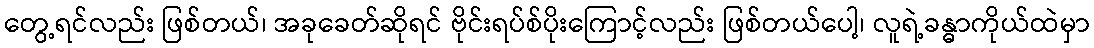
တွေ့ရင်လည်း ဖြစ်တယ်၊ အခုခေတ်ဆိုရင် ဗိုင်းရပ်စ်ပိုးကြောင့်လည်း ဖြစ်တယ်ပေါ့၊ လူရဲ့ခန္ဓာကိုယ်ထဲမှာ